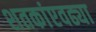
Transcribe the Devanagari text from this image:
शतकांएवढ्या